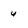
Character: u